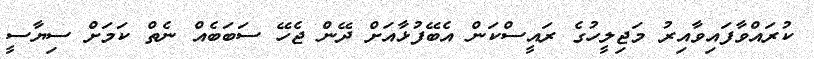
ކުރައްވާފައިވާއިރު މަޖިލީހުގެ ރައީސްކަން އެބޭފުޅާއަށް ދޭން ޖެހޭ ސަބަބެއް ނެތް ކަމަށް ސިޔާސީ